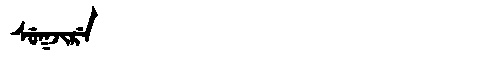
Manchu: ᠰᡠᡴᠵᡳᡵᡝ
Romanization: SUKJIRE